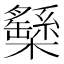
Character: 𣟾